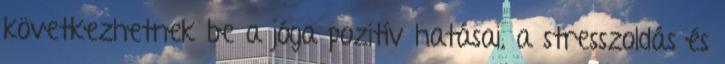
következhetnek be a jóga pozitív hatásai, a stresszoldás és